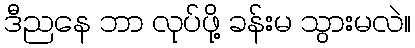
ဒီညနေ ဘာ လုပ်ဖို့ ခန်းမ သွားမလဲ။